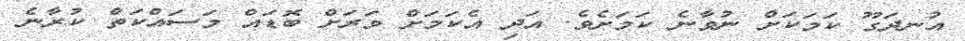
އުނދަގޫ ކަމަކަށް ނުވާނެ ކަމަށެވެ. އަދި އެކަމަށް ވަރަށް ބޮޑައް މަސައްކަތް ކުރާނެ